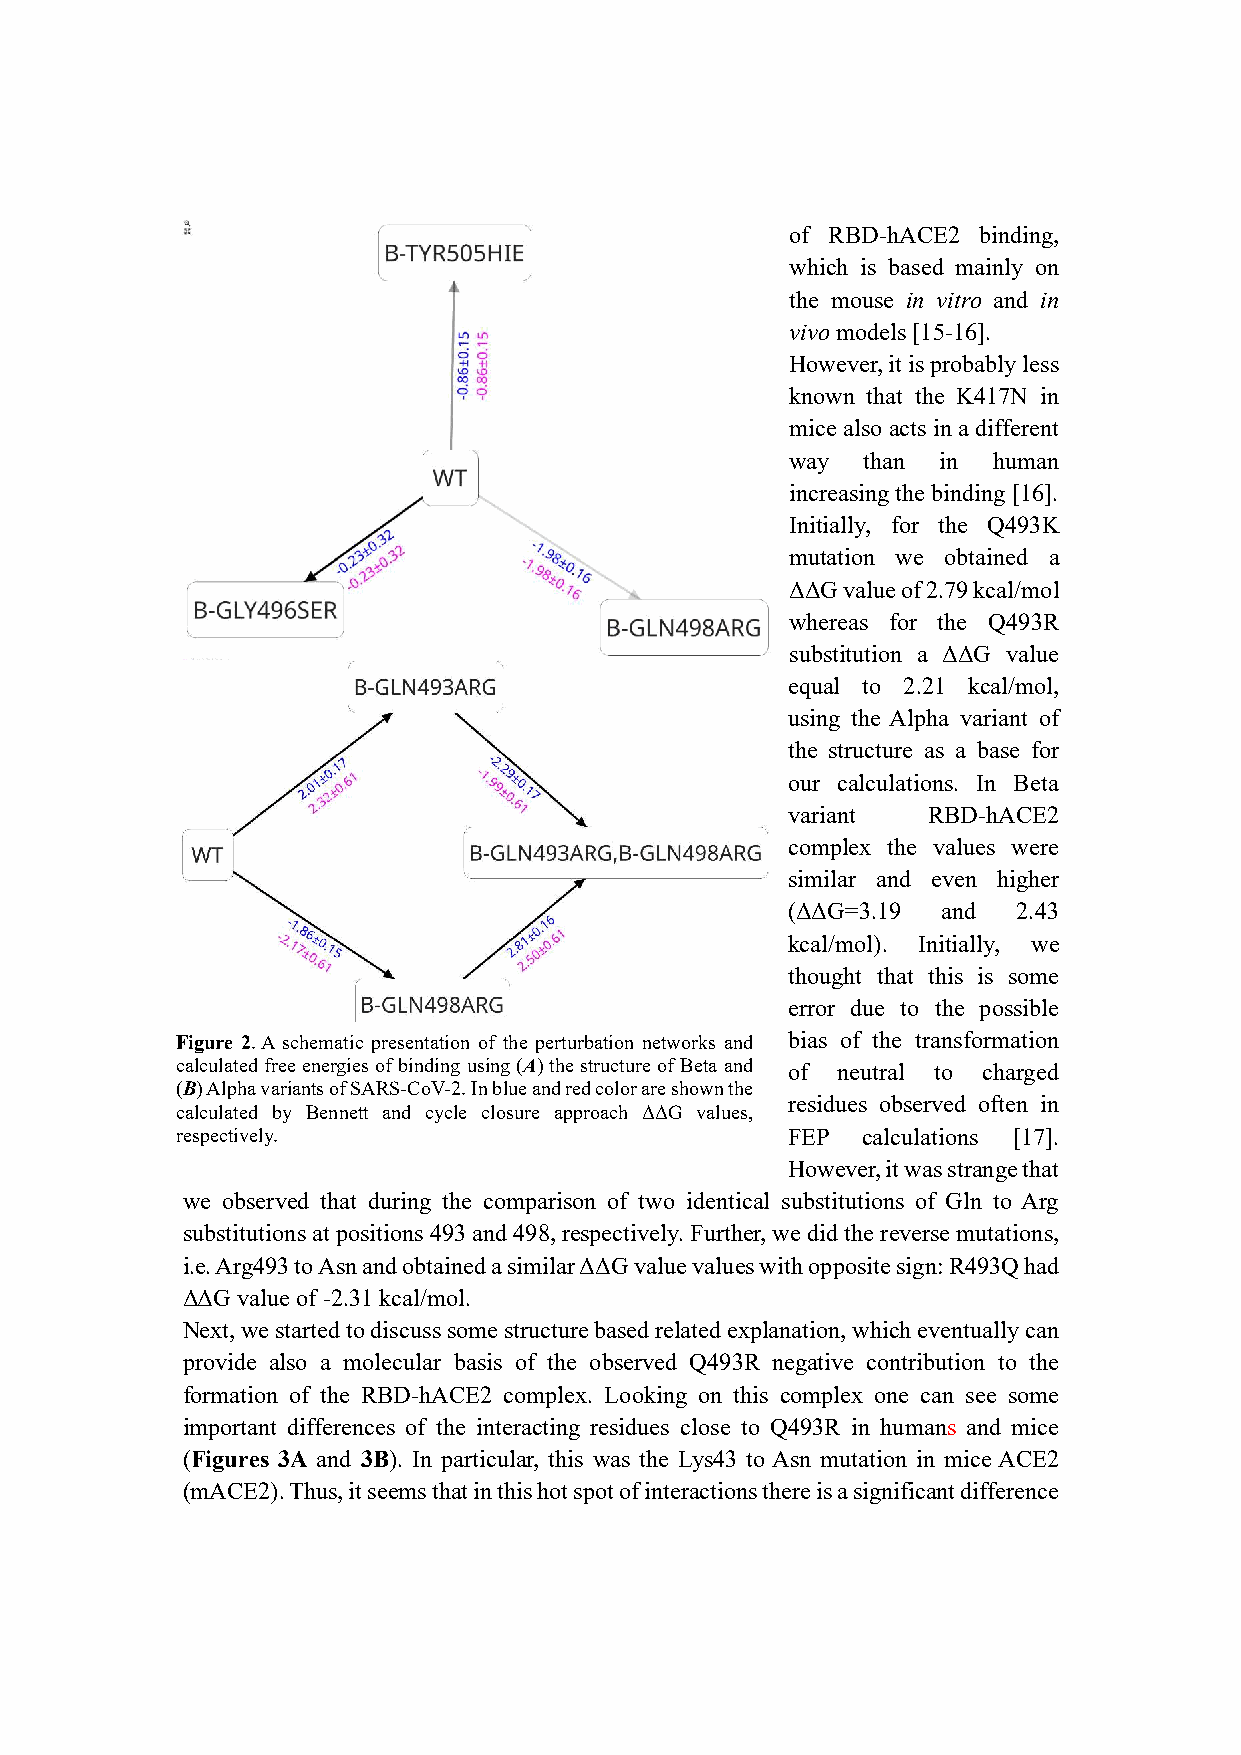
of RBD-hACE2 binding,
 which is based mainly on
 the mouse in vitro and in
 vivo models [15-16].
 However, it is probably less
 known that the K417N in
 mice also acts in a different
 way  than in  human
 increasing the binding [16].
 Initially, for the Q493K
 mutation we obtained a
 ΔΔG value of 2.79 kcal/mol
 whereas for the Q493R
 substitution a ΔΔG value
 equal to 2.21 kcal/mol,
 using the Alpha variant of
 the structure as a base for
 our calculations. In Beta
 variant  RBD-hACE2
 complex the values were
 similar and even higher
 (ΔΔG=3.19 and  2.43
 kcal/mol). Initially, we
 thought that this is some
 error due to the possible
 Figure 2. A schematic presentation of the perturbation networks and bias of the transformation
 calculated free energies of binding using (A) the structure of Beta and of neutral to charged
 (B) Alpha variants of SARS-CoV-2. In blue and red color are shown the
 residues observed often in
 calculated by Bennett and cycle closure approach ΔΔG values,
 respectively.                           FEP  calculations [17].
 However, it was strange that
 we observed that during the comparison of two identical substitutions of Gln to Arg
 substitutions at positions 493 and 498, respectively. Further, we did the reverse mutations,
 i.e. Arg493 to Asn and obtained a similar ΔΔG value values with opposite sign: R493Q had
 ΔΔG value of -2.31 kcal/mol.
 Next, we started to discuss some structure based related explanation, which eventually can
 provide also a molecular basis of the observed Q493R negative contribution to the
 formation of the RBD-hACE2 complex. Looking on this complex one can see some
 important differences of the interacting residues close to Q493R in humans and mice
 (Figures 3A and 3B). In particular, this was the Lys43 to Asn mutation in mice ACE2
 (mACE2). Thus, it seems that in this hot spot of interactions there is a significant difference